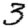
Digit: 3